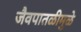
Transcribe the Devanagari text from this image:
जैवपातळीमुळे